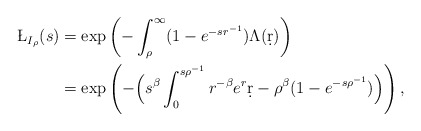
\begin{align*}\phantom{=}\;\;\L_{I_\rho}(s)&=\exp\left(-\int_\rho^\infty (1-e^{-sr^{-1}}) \Lambda(\d r) \right)\\&=\exp\left(-\Big(s^\beta \int_0^{s \rho^{-1}} r^{-\beta} e^{r} \d r - \rho^\beta (1-e^{-s \rho^{-1}})\Big)\right),\end{align*}